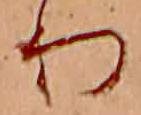
り